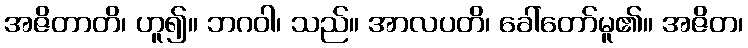
အဇိတာတိ၊ ဟူ၍။ ဘဂဝါ၊ သည်။ အာလပတိ၊ ခေါ်တော်မူ၏။ အဇိတ၊